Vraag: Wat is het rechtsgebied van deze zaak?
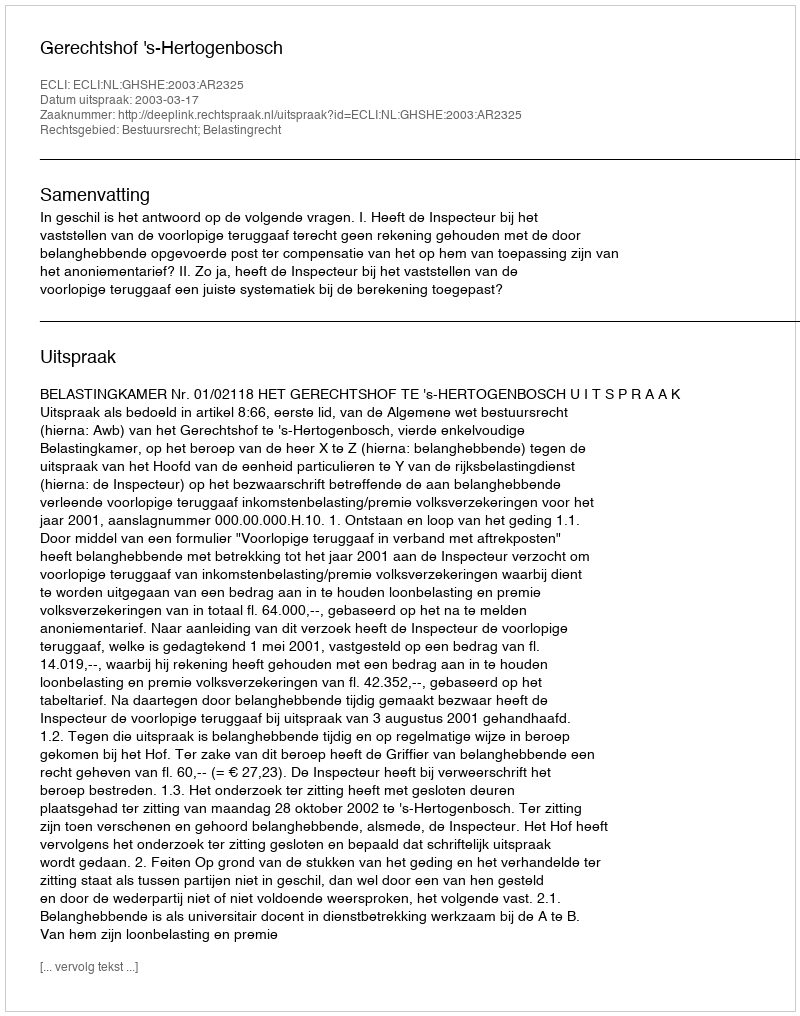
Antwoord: Bestuursrecht; Belastingrecht